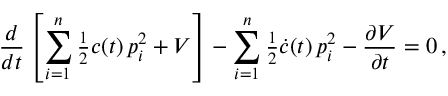
\frac { d } { d t } \left[ \sum _ { i = 1 } ^ { n } { \textstyle \frac { 1 } { 2 } } c ( t ) \, p _ { i } ^ { 2 } + V \right] - \sum _ { i = 1 } ^ { n } { \textstyle \frac { 1 } { 2 } } \dot { c } ( t ) \, p _ { i } ^ { 2 } - \frac { \partial V } { \partial t } = 0 \, ,